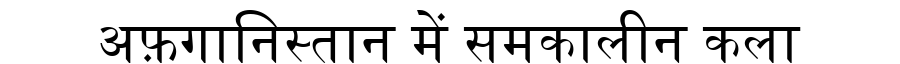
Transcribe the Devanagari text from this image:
अफ़गानिस्तान में समकालीन कला